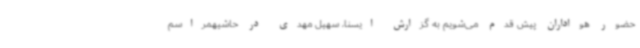
حضور هواداران پیش قدم می‌شویم به گزارش ایسنا، سهیل مهدی در حاشیهمراسم